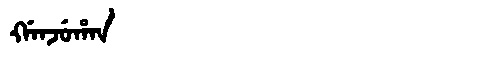
Manchu: ᡤᠠᠨᠵᡠᡥᠠᠨ
Romanization: GANJUHAN